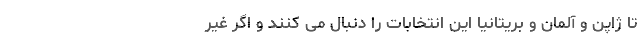
تا ژاپن و آلمان و بریتانیا این انتخابات را دنبال می کنند و اگر غیر